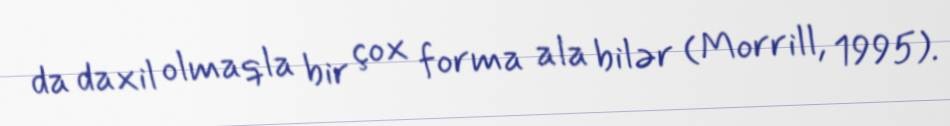
da daxil olmaqla bir çox forma ala bilər (Morrill, 1995).